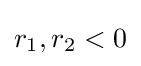
r_{1},r_{2}<0